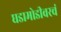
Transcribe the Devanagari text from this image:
घडामोडीवरचं